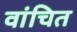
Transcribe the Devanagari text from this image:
वांचित